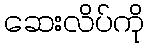
ဆေးလိပ်ကို